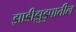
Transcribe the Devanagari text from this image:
झाडीझुडुपातील